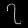
Digit: ၇